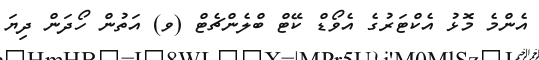
އެންމެ މޮޅު އެކްޓަރުގެ އެވޯޑް ކޭޓް ބްލެންޗެޓް (ވ) އަތުން ހޯދަން ދިޔަ